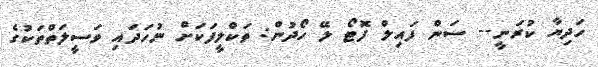
ހަދިޔާ ކުރަނީ-- ސަން ފައިލް ފޮޓޯ ލޭ ހޯދުން: ތަކްލީފަކަށް ނުހަދައި ވަސީލަތްތަކުގެ